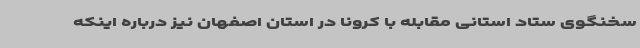
سخنگوی ستاد استانی مقابله با کرونا در استان اصفهان نیز درباره اینکه